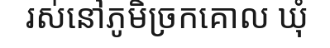
រស់នៅភូមិច្រកគោល ឃុំ